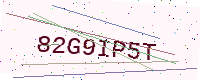
Text: 82G9IP5T